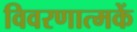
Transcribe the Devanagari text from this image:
विवरणात्मकें